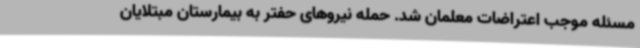
مسئله موجب اعتراضات معلمان شد. حمله نیروهای حفتر به بیمارستان مبتلایان